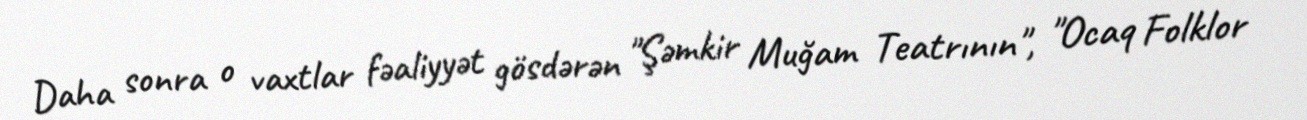
Daha sonra o vaxtlar fəaliyyət gösdərən "Şəmkir Muğam Teatrının", "Ocaq Folklor